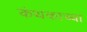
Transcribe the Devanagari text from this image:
कंथकाच्या